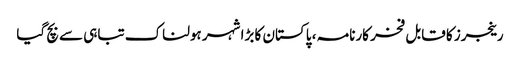
رینجرز کا قابل فخر کارنامہ ، پاکستان کا بڑا شہر ہولناک تباہی سے بچ گیا